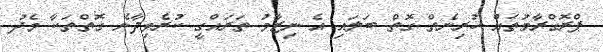
ޕްރޮގްރާމުތައް ހުރިނެތް ގޮތް ބަލައި އެ ނިޒާމު ތަރައްގީ ކުރެވިދާނެ ގޮތްތަކާ މެދު